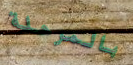
بالمرحلة